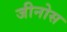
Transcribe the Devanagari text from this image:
जीनोस